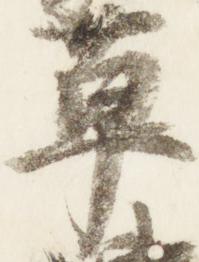
草